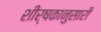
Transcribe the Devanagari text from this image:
शीर्षकानुसारी